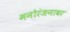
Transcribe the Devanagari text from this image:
मनोरंजनावर